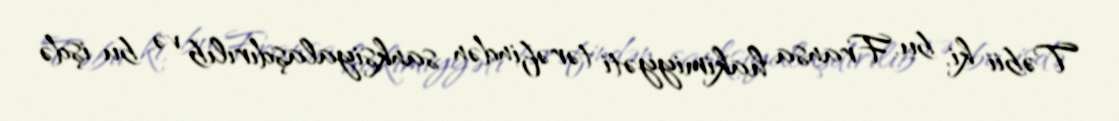
Təbii ki, bu, Fransa hakimiyyəti tərəfindən sanksiyalaşdırılıb və bu işdə